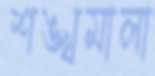
শঙ্খমালা